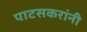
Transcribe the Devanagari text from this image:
पाटसकरांनी